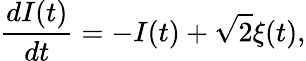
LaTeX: \frac{dI(t)}{dt}=-I(t)+\sqrt{2}\xi(t),